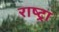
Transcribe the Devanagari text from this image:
राष्ट्रा